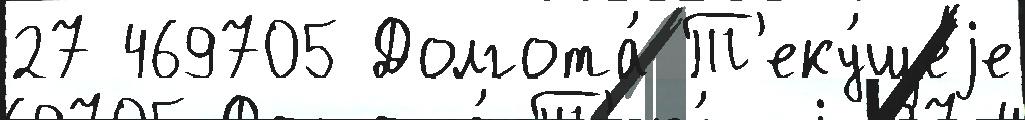
27 469705 Долгота́ Т'еку́щеjе